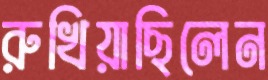
রুখিয়াছিলেন